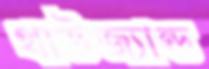
থাউজ্যান্ড